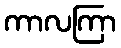
ကာလကြာ